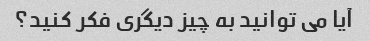
آیا می توانید به چیز دیگری فکر کنید؟